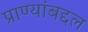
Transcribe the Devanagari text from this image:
प्राण्यांबद्दल